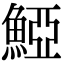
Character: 𩸋